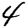
Digit: 4